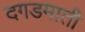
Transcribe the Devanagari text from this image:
दगडमाती